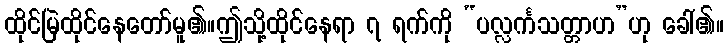
ထိုင်မြဲထိုင်နေတော်မူ၏။ဤသို့ထိုင်နေရာ ၇ ရက်ကို “ပလ္လင်္ကသတ္တာဟ”ဟု ခေါ်၏။